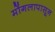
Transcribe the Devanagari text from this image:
मोंगलापासून